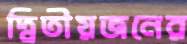
দ্বিতীয়জনের